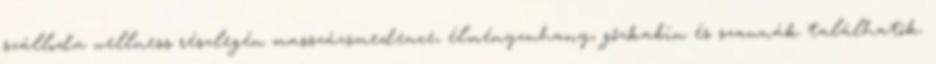
szálloda wellness részlegén masszázsmedence, élményzuhany, gőzkabin és szaunák találhatók.